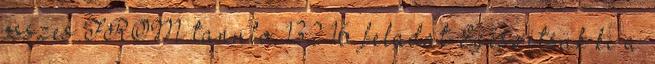
osszes FROM tanulo; 132 16. feladat Egészítsük ki a